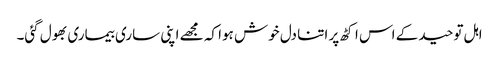
اہل توحید کے اس اکٹھ پر اتنا دل خوش ہوا کہ مجھے اپنی ساری بیماری بھول گئی۔